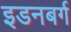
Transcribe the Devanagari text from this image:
इडनबर्ग